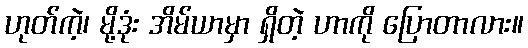
ဟုတ်ကဲ့၊ မို့ဒုံး အိမ်ယာမှာ ရှိတဲ့ ဟာကို ပြောတာလား။